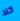
كلا